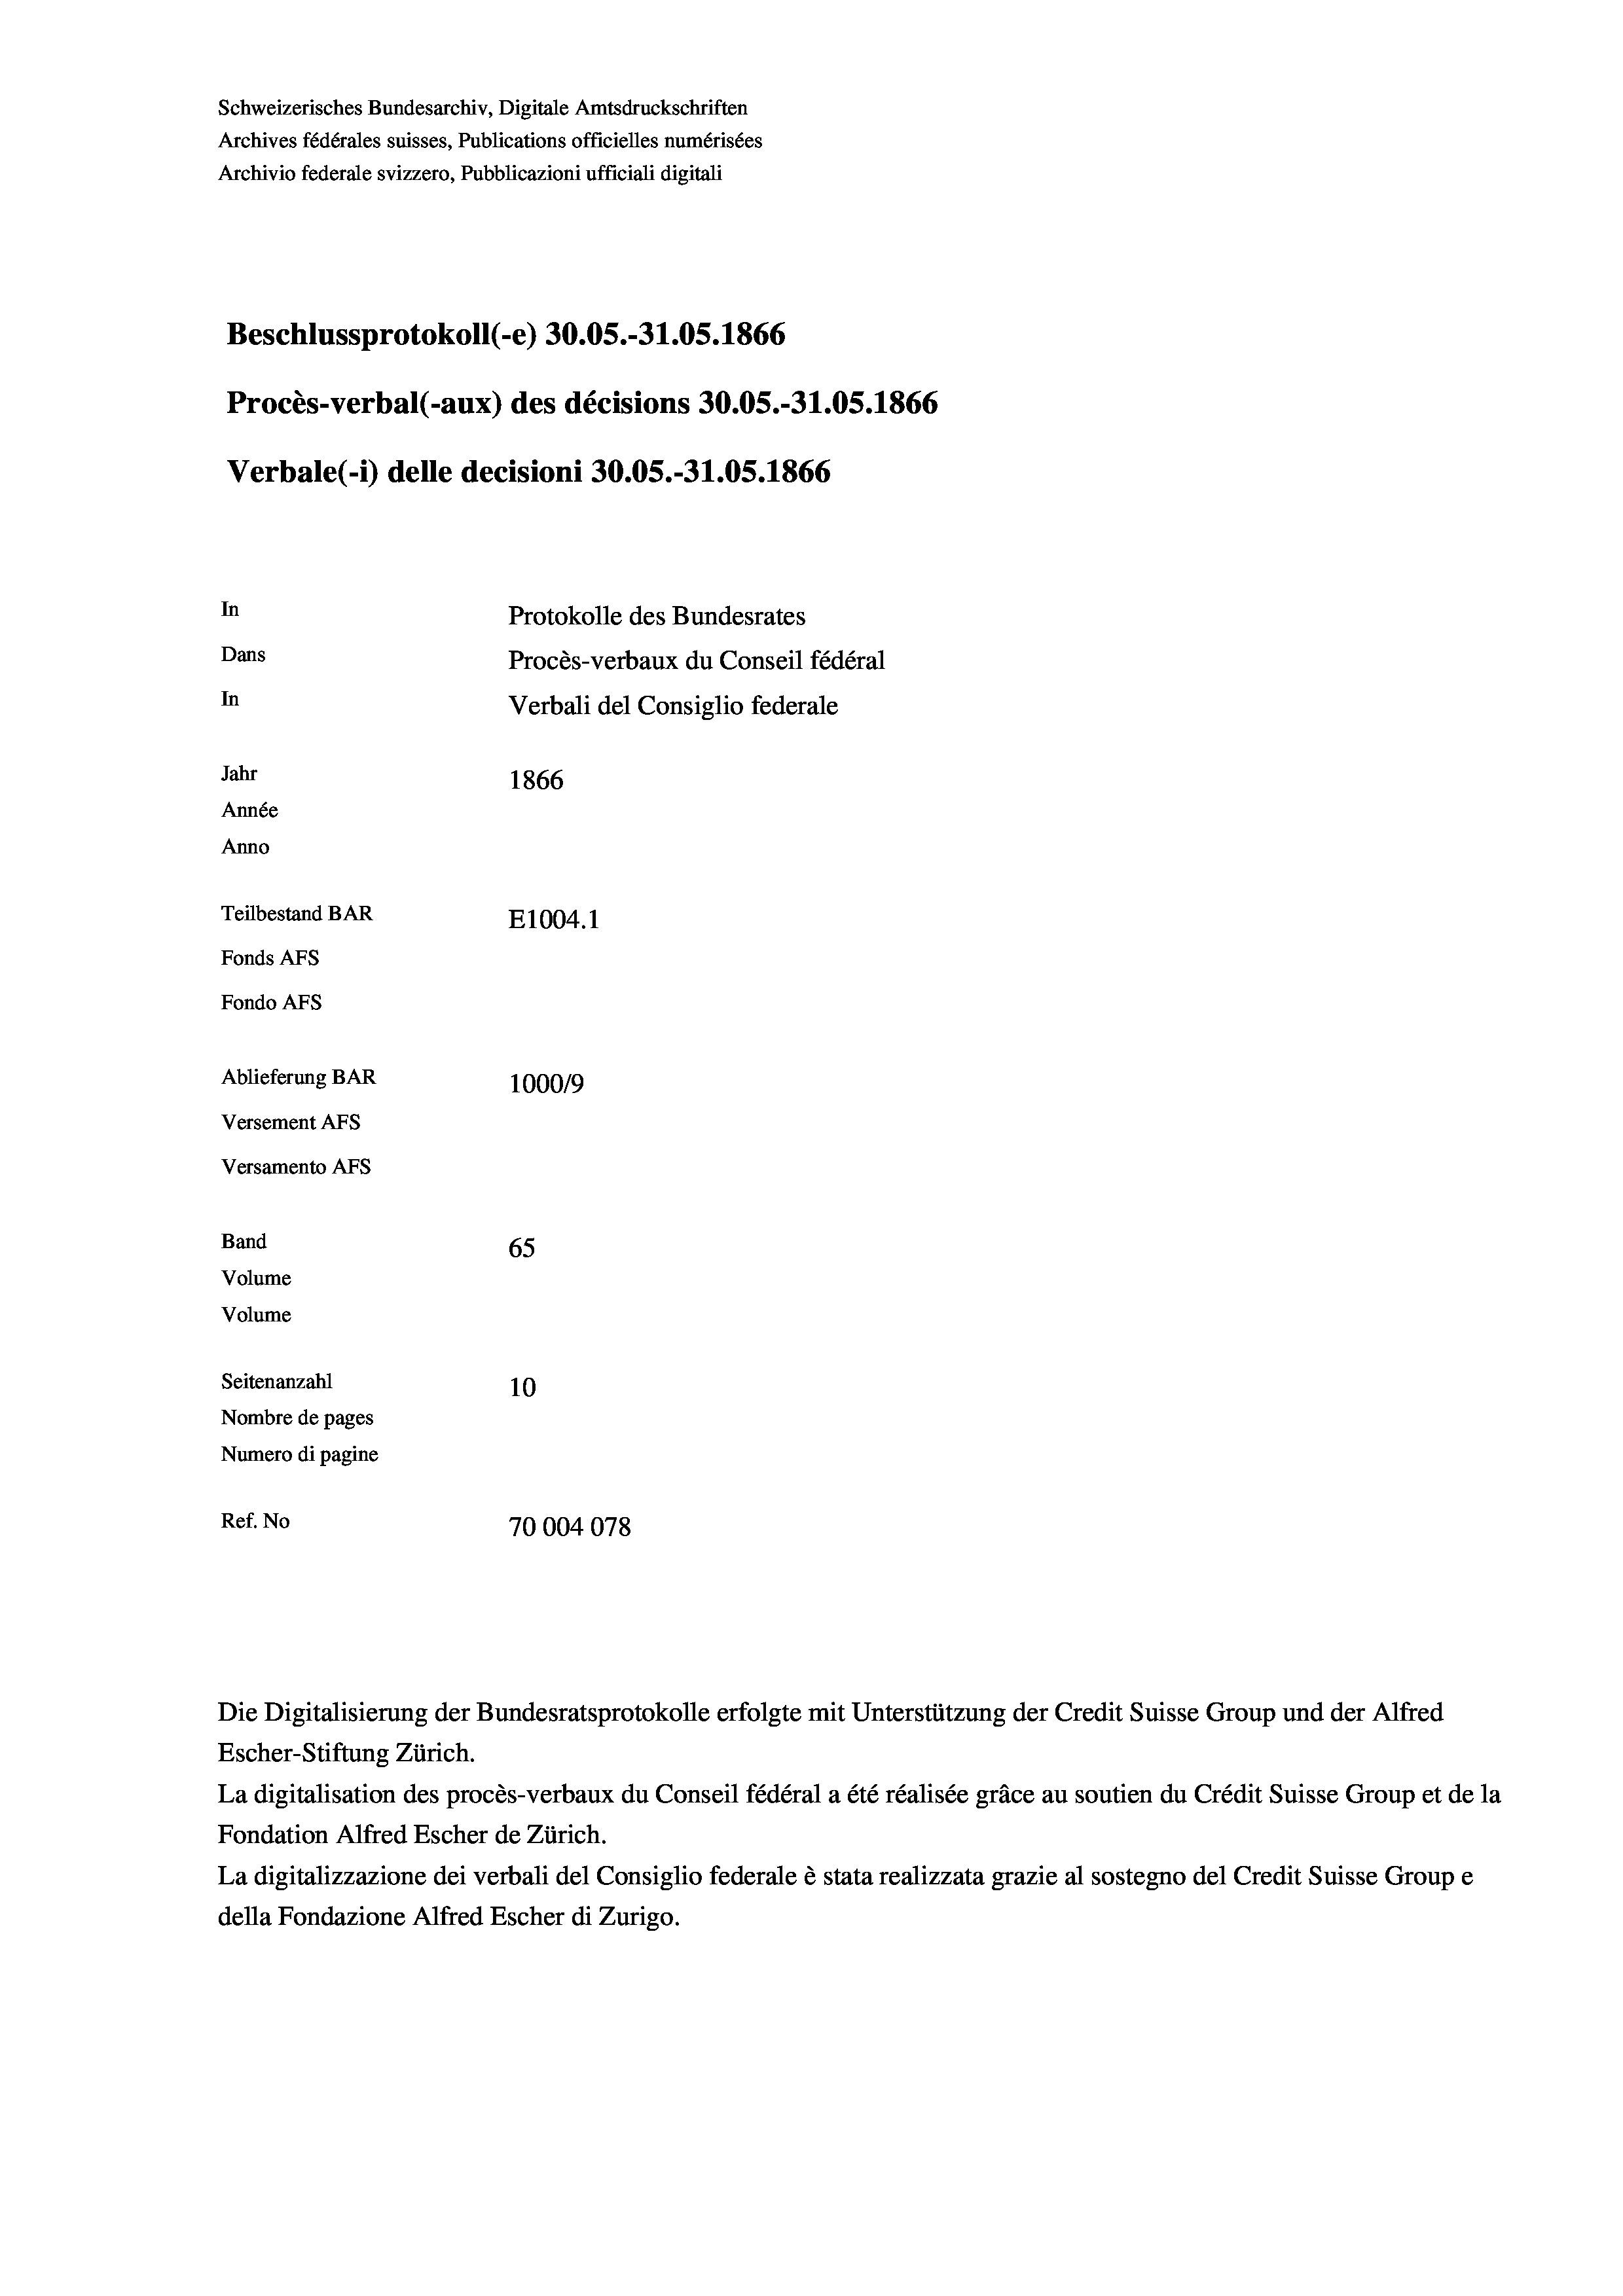
Schweizerisches Bundesarchiv, Digitale Amtsdruckschriften
Archives fédérales suisses, Publications officielles numérisées
Archivio federale svizzero, Pubblicazioni ufficiali digitali
Beschlussprotokoll (-e) 30.05.-31.05. 1866
Procès-verbal (-aux) des décisions 30.05.-31.05. 1866
Verbale (- 1) delle decisioni 30.05.-31.05. 1866
In
Protokolle des Bundesrates
Dans
Procès-verbaux du Conseil fédéral
In
Verbali del Consiglio federale
Jahr
1866
Année
Anno
Teilbestand BAR
E1004.1
Fonds AFs
Fondo Afs
Ablieferung BAR
100019
Versement AFs
Versamento AFs
Band
65
Volume
Volume
Seitenanzahl
10

Nombre de pages
Numero di pagine
Ref. No
70004078

Escher-Stiftung Zürich.
La digitalisation des procès-verbaux du Conseil fédéral a été réalisée gräce au soutien du Crédit Suisse Group et de la
Fondation Alfred Escher de Zürich.
La digitalizzazione dei verbali del Consiglio federale è stata realizzata grazie al sostegno del Credit Suisse Groupe
della Fondazione Alfred Escher di Zurigo.

Die Digitalisierung der Bundesratsprotokolle erfolgte mit Unterstützung der Credit Suisse Group und der Alfred